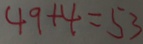
4 9 + 4 = 5 3